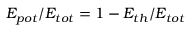
E _ { p o t } / E _ { t o t } = 1 - E _ { t h } / E _ { t o t }